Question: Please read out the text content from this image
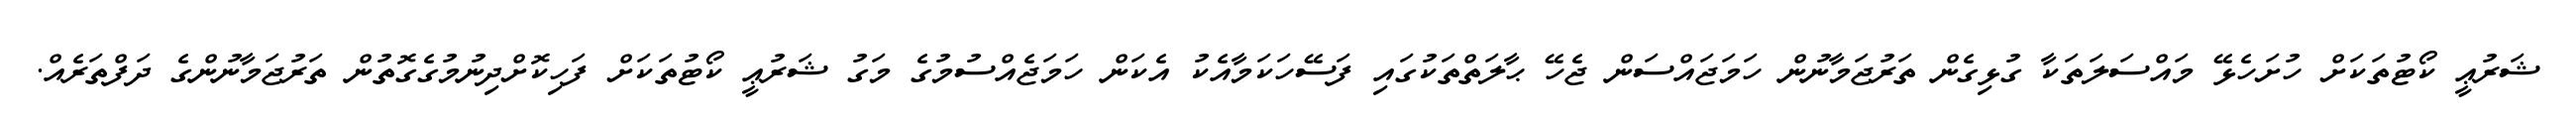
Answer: ޝަރުޢީ ކޯޓުތަކަށް ހުށަހެޅޭ މައްސަލަތަކާ ގުޅިގެން ތަރުޖަމާނުން ހަމަޖައްސަން ޖެހޭ ޙާލަތްތަކުގައި ފަސޭހަކަމާއެކު އެކަން ހަމަޖެއްސުމުގެ މަގު ޝަރުޢީ ކޯޓުތަކަށް ފަހިކޮށްދިނުމުގެގޮތުން ތަރުޖަމާނުންގެ ދަފްތަރެއް.